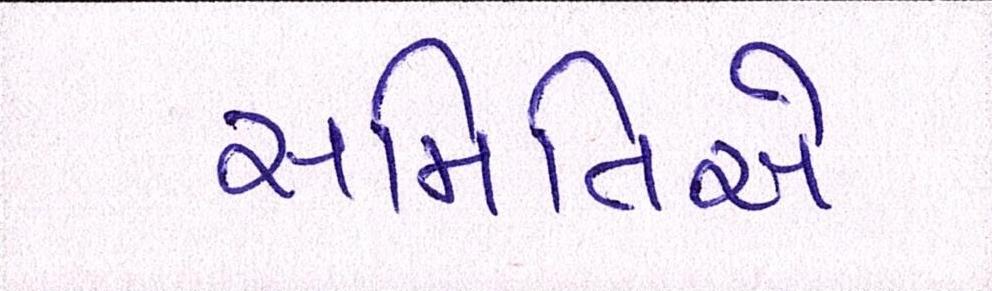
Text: સમિતિએ